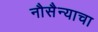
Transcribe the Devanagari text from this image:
नौसैन्याचा